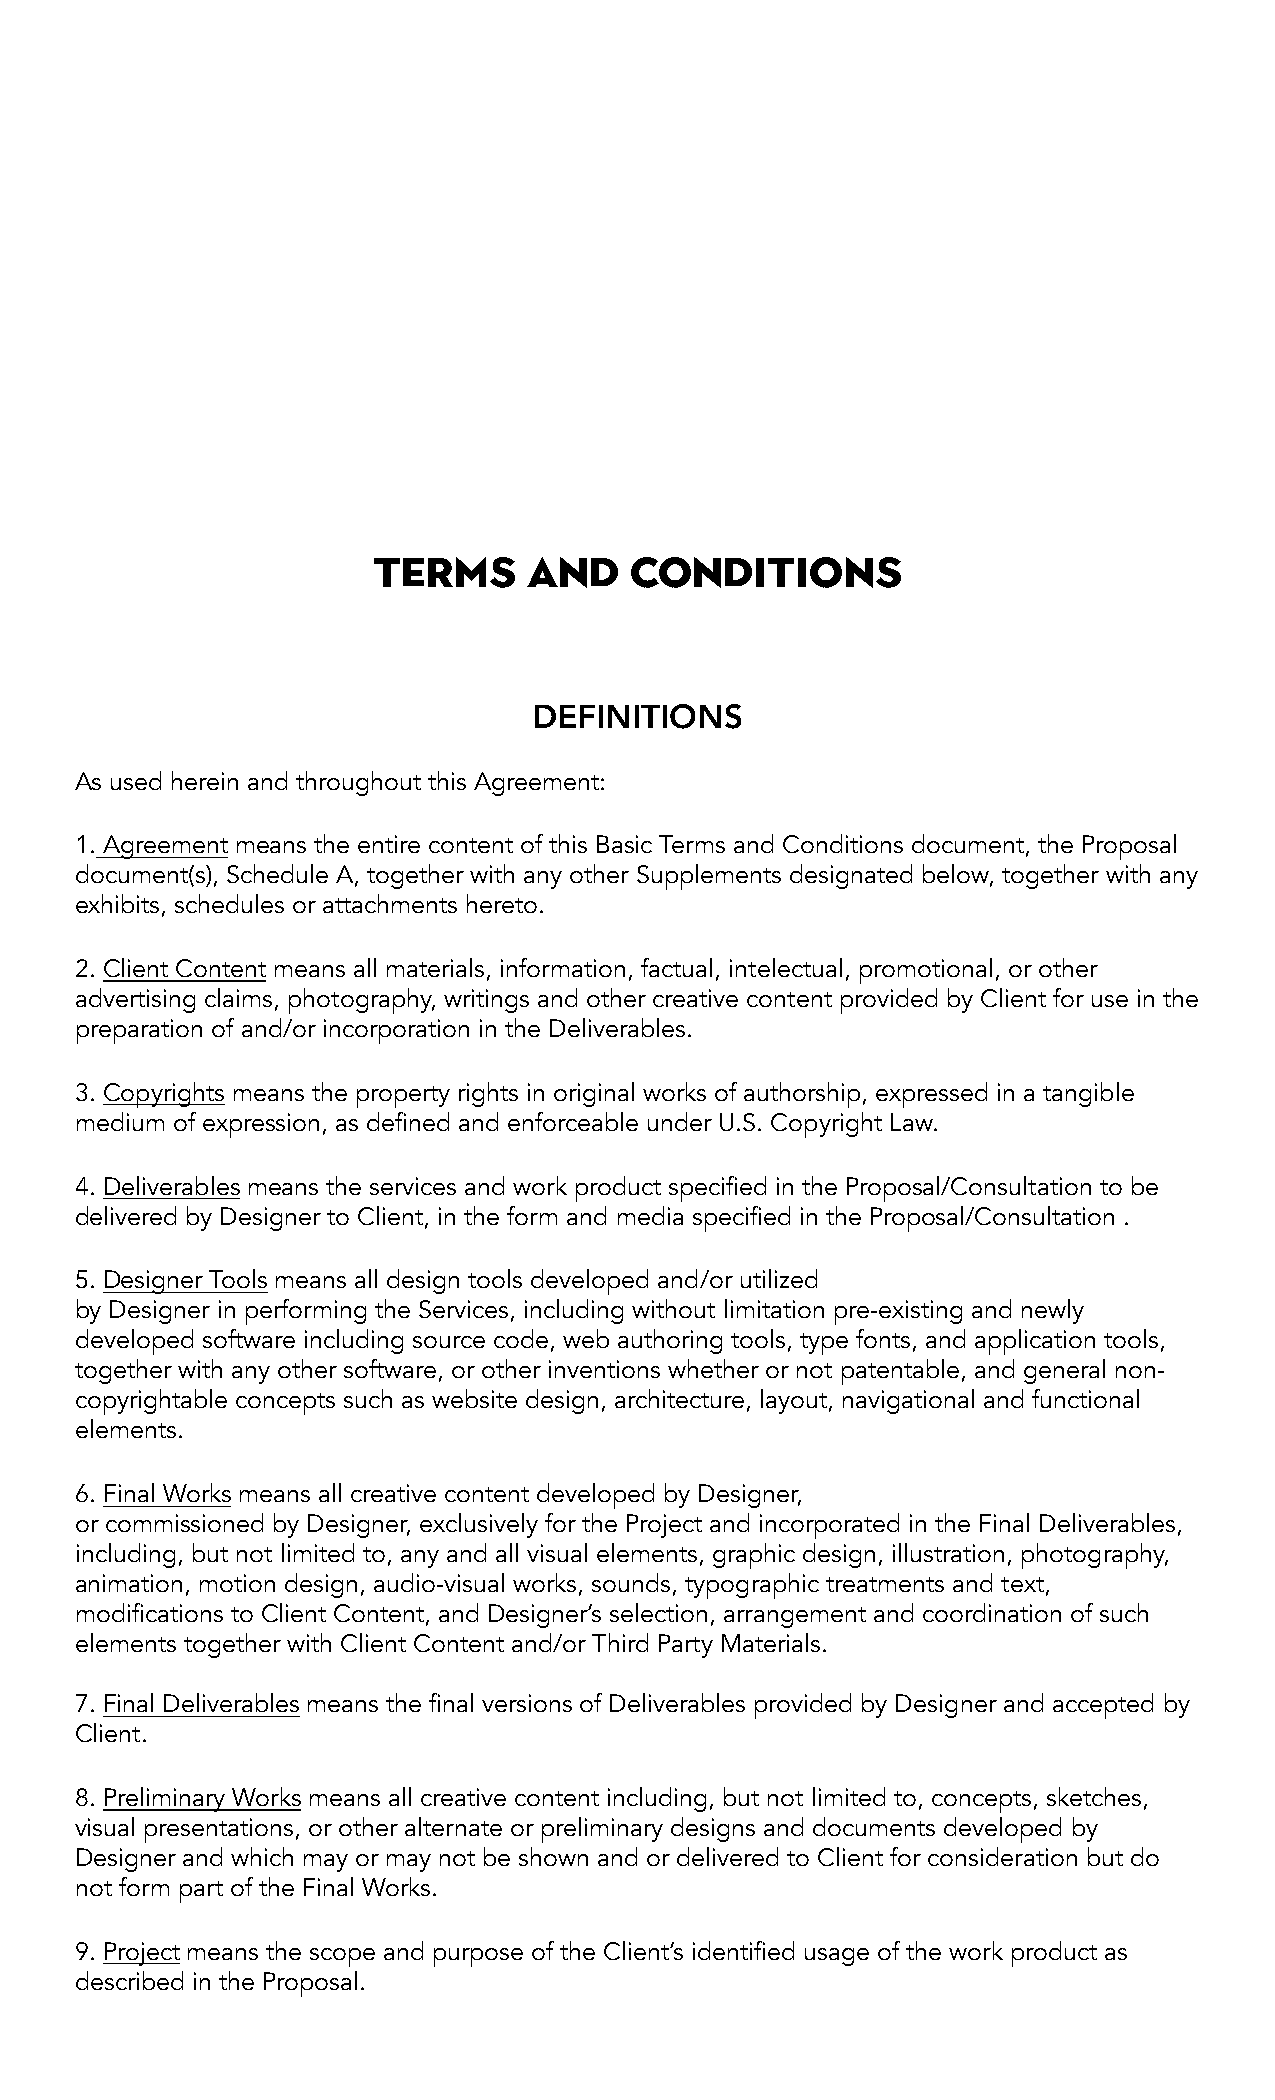
Terms     and    Conditions
 DEFINITIONS
 As used herein and throughout this Agreement:
 1. Agreement means the entire content of this Basic Terms and Conditions document, the Proposal
 document(s), Schedule A, together with any other Supplements designated below, together with any
 exhibits, schedules or attachments hereto.
 2. Client Content means all materials, information, factual, intelectual, promotional, or other
 advertising claims, photography, writings and other creative content provided by Client for use in the
 preparation of and/or incorporation in the Deliverables.
 3. Copyrights means the property rights in original works of authorship, expressed in a tangible
 medium of expression, as defined and enforceable under U.S. Copyright Law.
 4. Deliverables means the services and work product specified in the Proposal/Consultation to be
 delivered by Designer to Client, in the form and media specified in the Proposal/Consultation .
 5. Designer Tools means all design tools developed and/or utilized
 by Designer in performing the Services, including without limitation pre-existing and newly
 developed software including source code, web authoring tools, type fonts, and application tools,
 together with any other software, or other inventions whether or not patentable, and general non-
 copyrightable concepts such as website design, architecture, layout, navigational and functional
 elements.
 6. Final Works means all creative content developed by Designer,
 or commissioned by Designer, exclusively for the Project and incorporated in the Final Deliverables,
 including, but not limited to, any and all visual elements, graphic design, illustration, photography,
 animation, motion design, audio-visual works, sounds, typographic treatments and text,
 modifications to Client Content, and Designer’s selection, arrangement and coordination of such
 elements together with Client Content and/or Third Party Materials.
 7. Final Deliverables means the final versions of Deliverables provided by Designer and accepted by
 Client.
 8. Preliminary Works means all creative content including, but not limited to, concepts, sketches,
 visual presentations, or other alternate or preliminary designs and documents developed by
 Designer and which may or may not be shown and or delivered to Client for consideration but do
 not form part of the Final Works.
 9. Project means the scope and purpose of the Client’s identified usage of the work product as
 described in the Proposal.